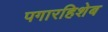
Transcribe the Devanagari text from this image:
पगारहिशेब